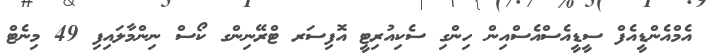
އެމްއެންޑީއެފް ސީޑީއެސްއެސްއިން ހިންގި ސެކިއުރިޓީ އޮފިސަރ ޓްރޭނިންގ ކޯސް ނިންމާލައިފި 49 މިނެޓް